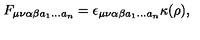
F _ { \mu \nu \alpha \beta a _ { 1 } \dots a _ { n } } = \epsilon _ { \mu \nu \alpha \beta a _ { 1 } \dots a _ { n } } \kappa ( \rho ) ,